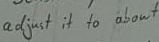
Text: Adjust it to about